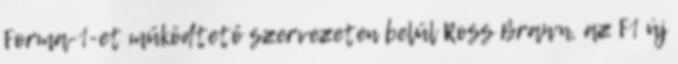
Forma-1-et működtető szervezeten belül Ross Brawn, az F1 új